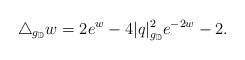
\begin{align*}\triangle_{g_{\mathbb D}}w=2e^w-4|q|_{g_{\mathbb D}}^2e^{-2w}-2.\end{align*}